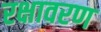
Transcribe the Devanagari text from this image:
रक्षावरण